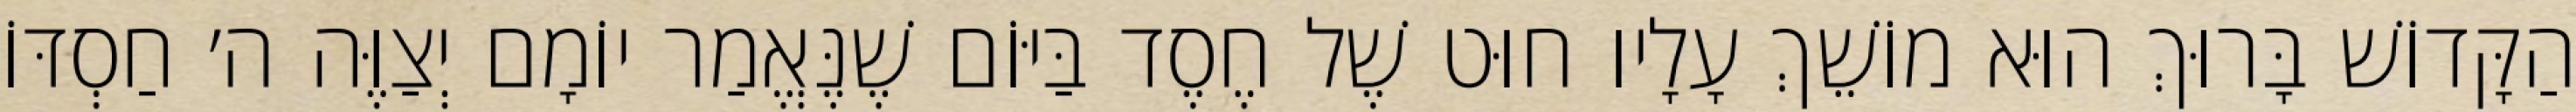
הַקָּדוֹשׁ בָּרוּךְ הוּא מוֹשֵׁךְ עָלָיו חוּט שֶׁל חֶסֶד בַּיּוֹם שֶׁנֶּאֱמַר יוֹמָם יְצַוֶּה ה׳ חַסְדּוֹ